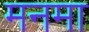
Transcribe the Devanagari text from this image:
मनमा